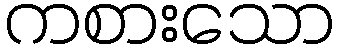
ကစားသော